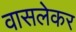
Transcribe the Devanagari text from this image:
वासलेकर